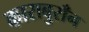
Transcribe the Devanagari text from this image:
काराबुराँन